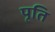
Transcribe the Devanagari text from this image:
पृति